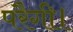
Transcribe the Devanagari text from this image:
परैगी।